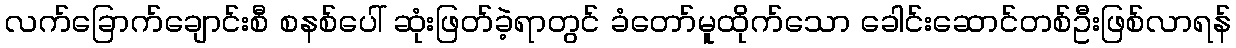
လက်ခြောက်ချောင်းစီ စနစ်ပေါ် ဆုံးဖြတ်ခဲ့ရာတွင် ခံတော်မူထိုက်သော ခေါင်းဆောင်တစ်ဦးဖြစ်လာရန်